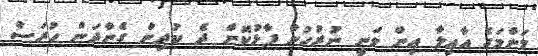
މަންމަގެ އާއިލާ އިން ވަނީ ނުރުހުން ފާޅުކޮށް ދެ ކުދިން ގެންދަން ހުރަސް